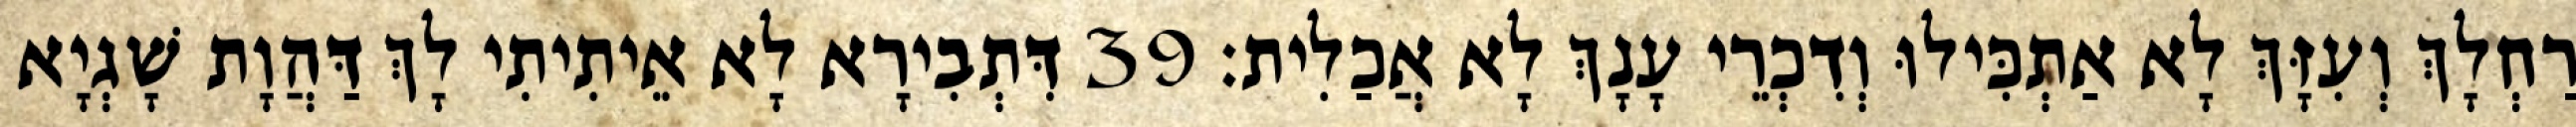
רַחְלָךְ וְעִזָּךְ לָא אַתְכִּילוּ וְדִכְרֵי עָנָךְ לָא אֲכַלִית׃ 39 דִּתְבִירָא לָא אֵיתִיתִי לָךְ דַּהֲוָת שָׁגְיָא